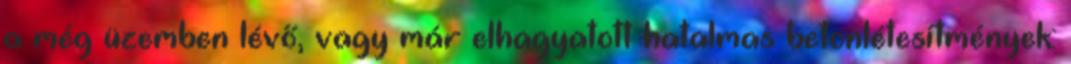
a még üzemben lévő, vagy már elhagyatott hatalmas betonlétesítmények: